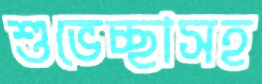
শুভেচ্ছাসহ